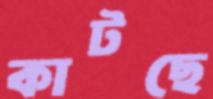
কাটছে